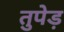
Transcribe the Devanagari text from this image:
तुपेड़